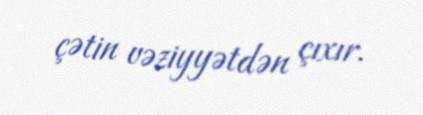
çətin vəziyyətdən çıxır.